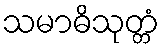
သမာဓိသုတ္တံ